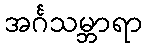
အင်္ဂသမ္ဘာရာ